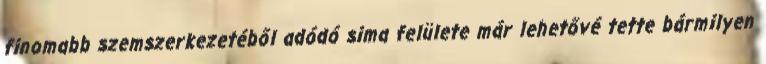
finomabb szemszerkezetéből adódó sima felülete már lehetővé tette bármilyen